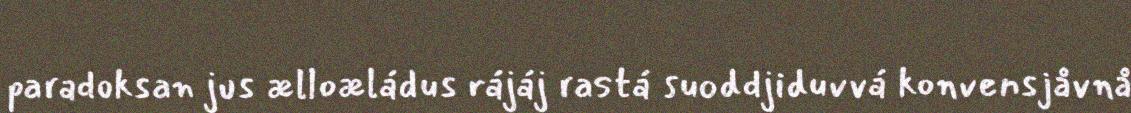
paradoksan jus ælloæládus rájáj rastá suoddjiduvvá konvensjåvnå